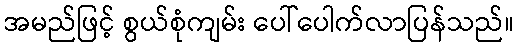
အမည်ဖြင့် စွယ်စုံကျမ်း ပေါ်ပေါက်လာပြန်သည်။